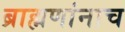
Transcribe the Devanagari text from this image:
ब्राह्मणांनाच